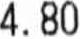
4.80